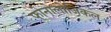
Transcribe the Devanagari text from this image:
फोनोलोजिकल